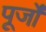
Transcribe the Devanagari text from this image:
पूर्जों